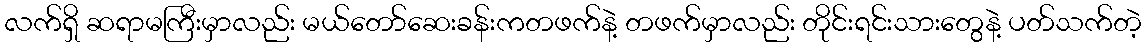
လက်ရှိ ဆရာမကြီးမှာလည်း မယ်တော်ဆေးခန်းကတဖက်နဲ့ တဖက်မှာလည်း တိုင်းရင်းသားတွေနဲ့ ပတ်သက်တဲ့